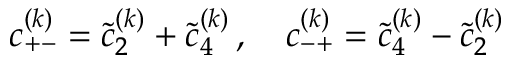
c _ { + - } ^ { ( k ) } = \tilde { c } _ { 2 } ^ { ( k ) } + \tilde { c } _ { 4 } ^ { ( k ) } \, , \quad c _ { - + } ^ { ( k ) } = \tilde { c } _ { 4 } ^ { ( k ) } - \tilde { c } _ { 2 } ^ { ( k ) } \,